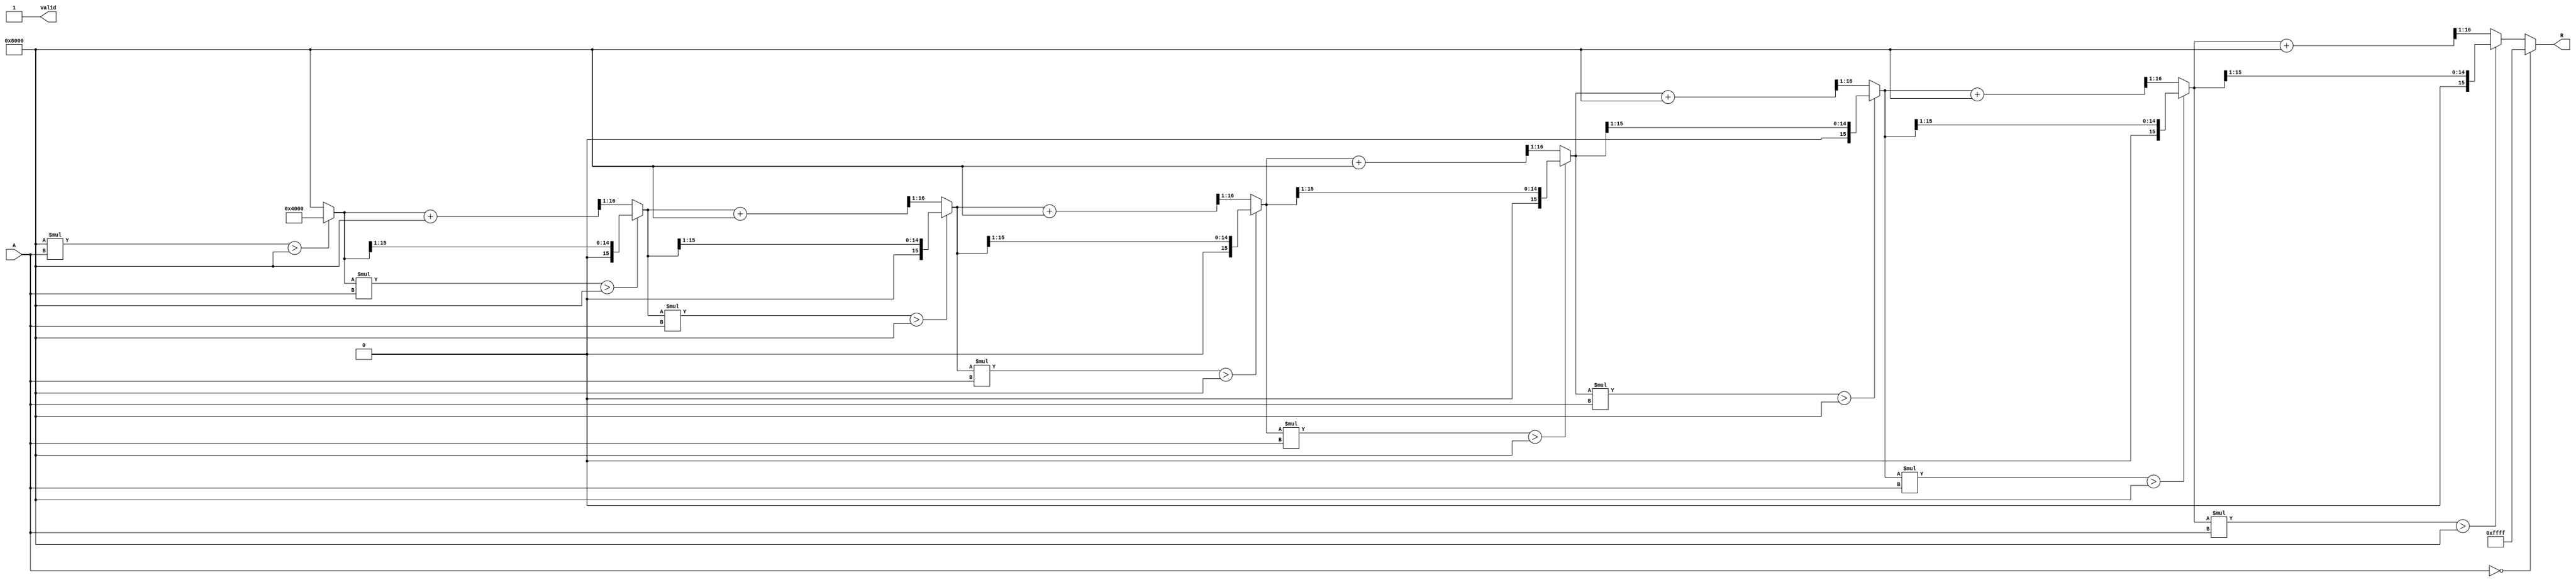
module BitwiseReciprocal #(
    parameter N = 16, // Number of bits for the input and output
    parameter ITERATIONS = 8 // Number of iterations for approximation
)(
    input wire [N-1:0] A, // Input: n-bit unsigned binary number
    output reg [N-1:0] R, // Output: n-bit unsigned binary number representing reciprocal
    output reg valid // Output valid signal
);

    reg [N-1:0] guess; // Current approximation of the reciprocal
    reg [N-1:0] product; // Product of guess and input A
    integer i;

    always @* begin
        // Initialize output and valid signal
        R = 0;
        valid = 0;

        // Handle zero input case
        if (A == 0) begin
            // Output could be set to a predefined value (e.g., all ones for infinity)
            R = {N{1'b1}}; // Example: return all ones for infinity
            valid = 1;
        end else begin
            // Initial guess based on expected input range
            guess = (1 << (N-1)); // Start with 2^(N-1) as the initial guess

            // Iterative approximation
            for (i = 0; i < ITERATIONS; i = i + 1) begin
                product = guess * A; // Calculate product of guess and input A
                if (product > (1 << (N-1))) begin
                    // If product is greater than 1 (scaled), adjust guess downwards
                    guess = (guess >> 1); // Right shift to halve the guess
                end else begin
                    // If product is less than or equal to 1, adjust guess upwards
                    guess = (guess + (1 << (N-1))) >> 1; // Average the guess
                end
            end
            
            // Set the final approximation as output
            R = guess;
            valid = 1; // Set valid signal
        end
    end

endmodule